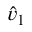
\hat { v } _ { 1 }